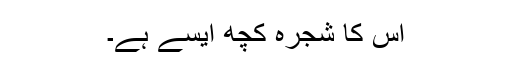
اس کا شجرہ کچھ ایسے ہے۔